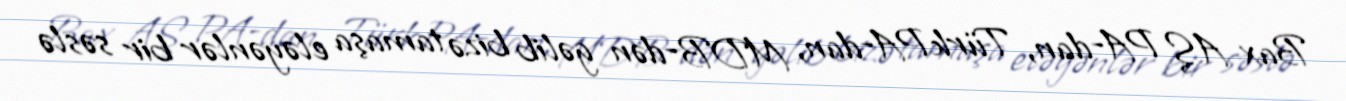
Bax AŞ PA-dan, TürkPA-dan, MDB-dən gəlib bizə tamaşa eləyənlər bir səslə